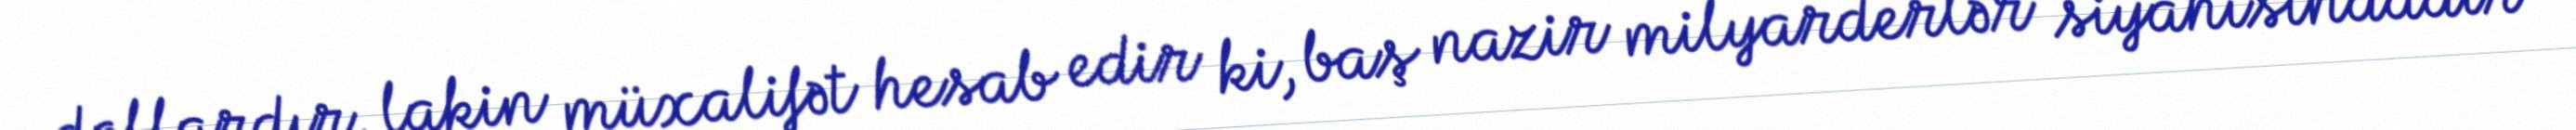
dollardır, lakin müxalifət hesab edir ki, baş nazir milyarderlər siyahısındadır